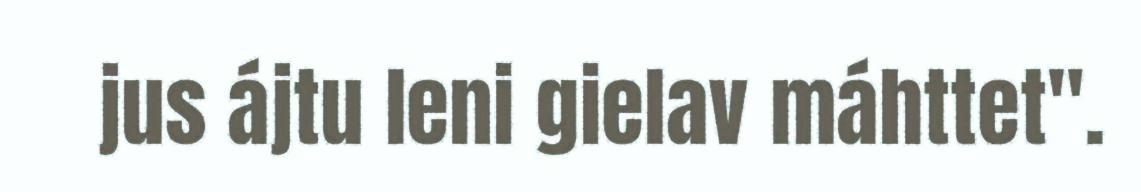
jus ájtu leni gielav máhttet".